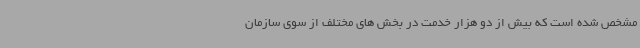
مشخص شده است که بیش از دو هزار خدمت در بخش های مختلف از سوی سازمان